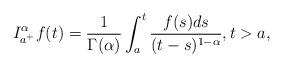
LaTeX: \begin{align*}I_{a^+}^{\alpha}f(t)=\frac{1}{\Gamma(\alpha)}\int_{a}^{t}\frac{f(s)ds}{(t-s)^{1-\alpha}},t>a,\end{align*}